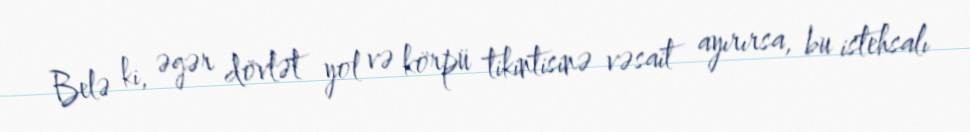
Belə ki, əgər dövlət yol və körpü tikintisinə vəsait ayırırsa, bu istehsalı